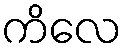
ကိလေ